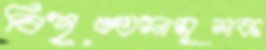
বিশৃঙ্খলামূলক